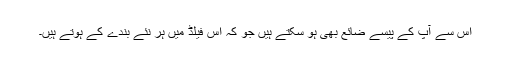
اس سے آپ کے پیسے ضائع بھی ہو سکتے ہیں جو کہ اس فیلڈ میں ہر نئے بندے کے ہوتے ہیں۔